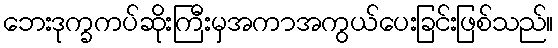
ဘေးဒုက္ခကပ်ဆိုးကြီးမှအကာအကွယ်ပေးခြင်းဖြစ်သည်။